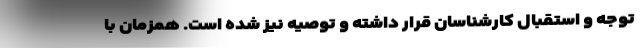
توجه و استقبال کارشناسان قرار داشته و توصیه نیز شده است. همزمان با